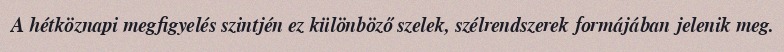
A hétköznapi megfigyelés szintjén ez különböző szelek, szélrendszerek formájában jelenik meg.